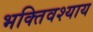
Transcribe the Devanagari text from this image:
भक्तिवश्याय